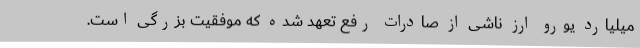
میلیارد یورو ارز ناشی از صادرات رفع تعهد شده که موفقیت بزرگی است.